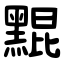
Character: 䵪